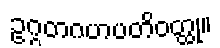
ဥဂ္ဂတဂဟပတိဝတ္ထု။